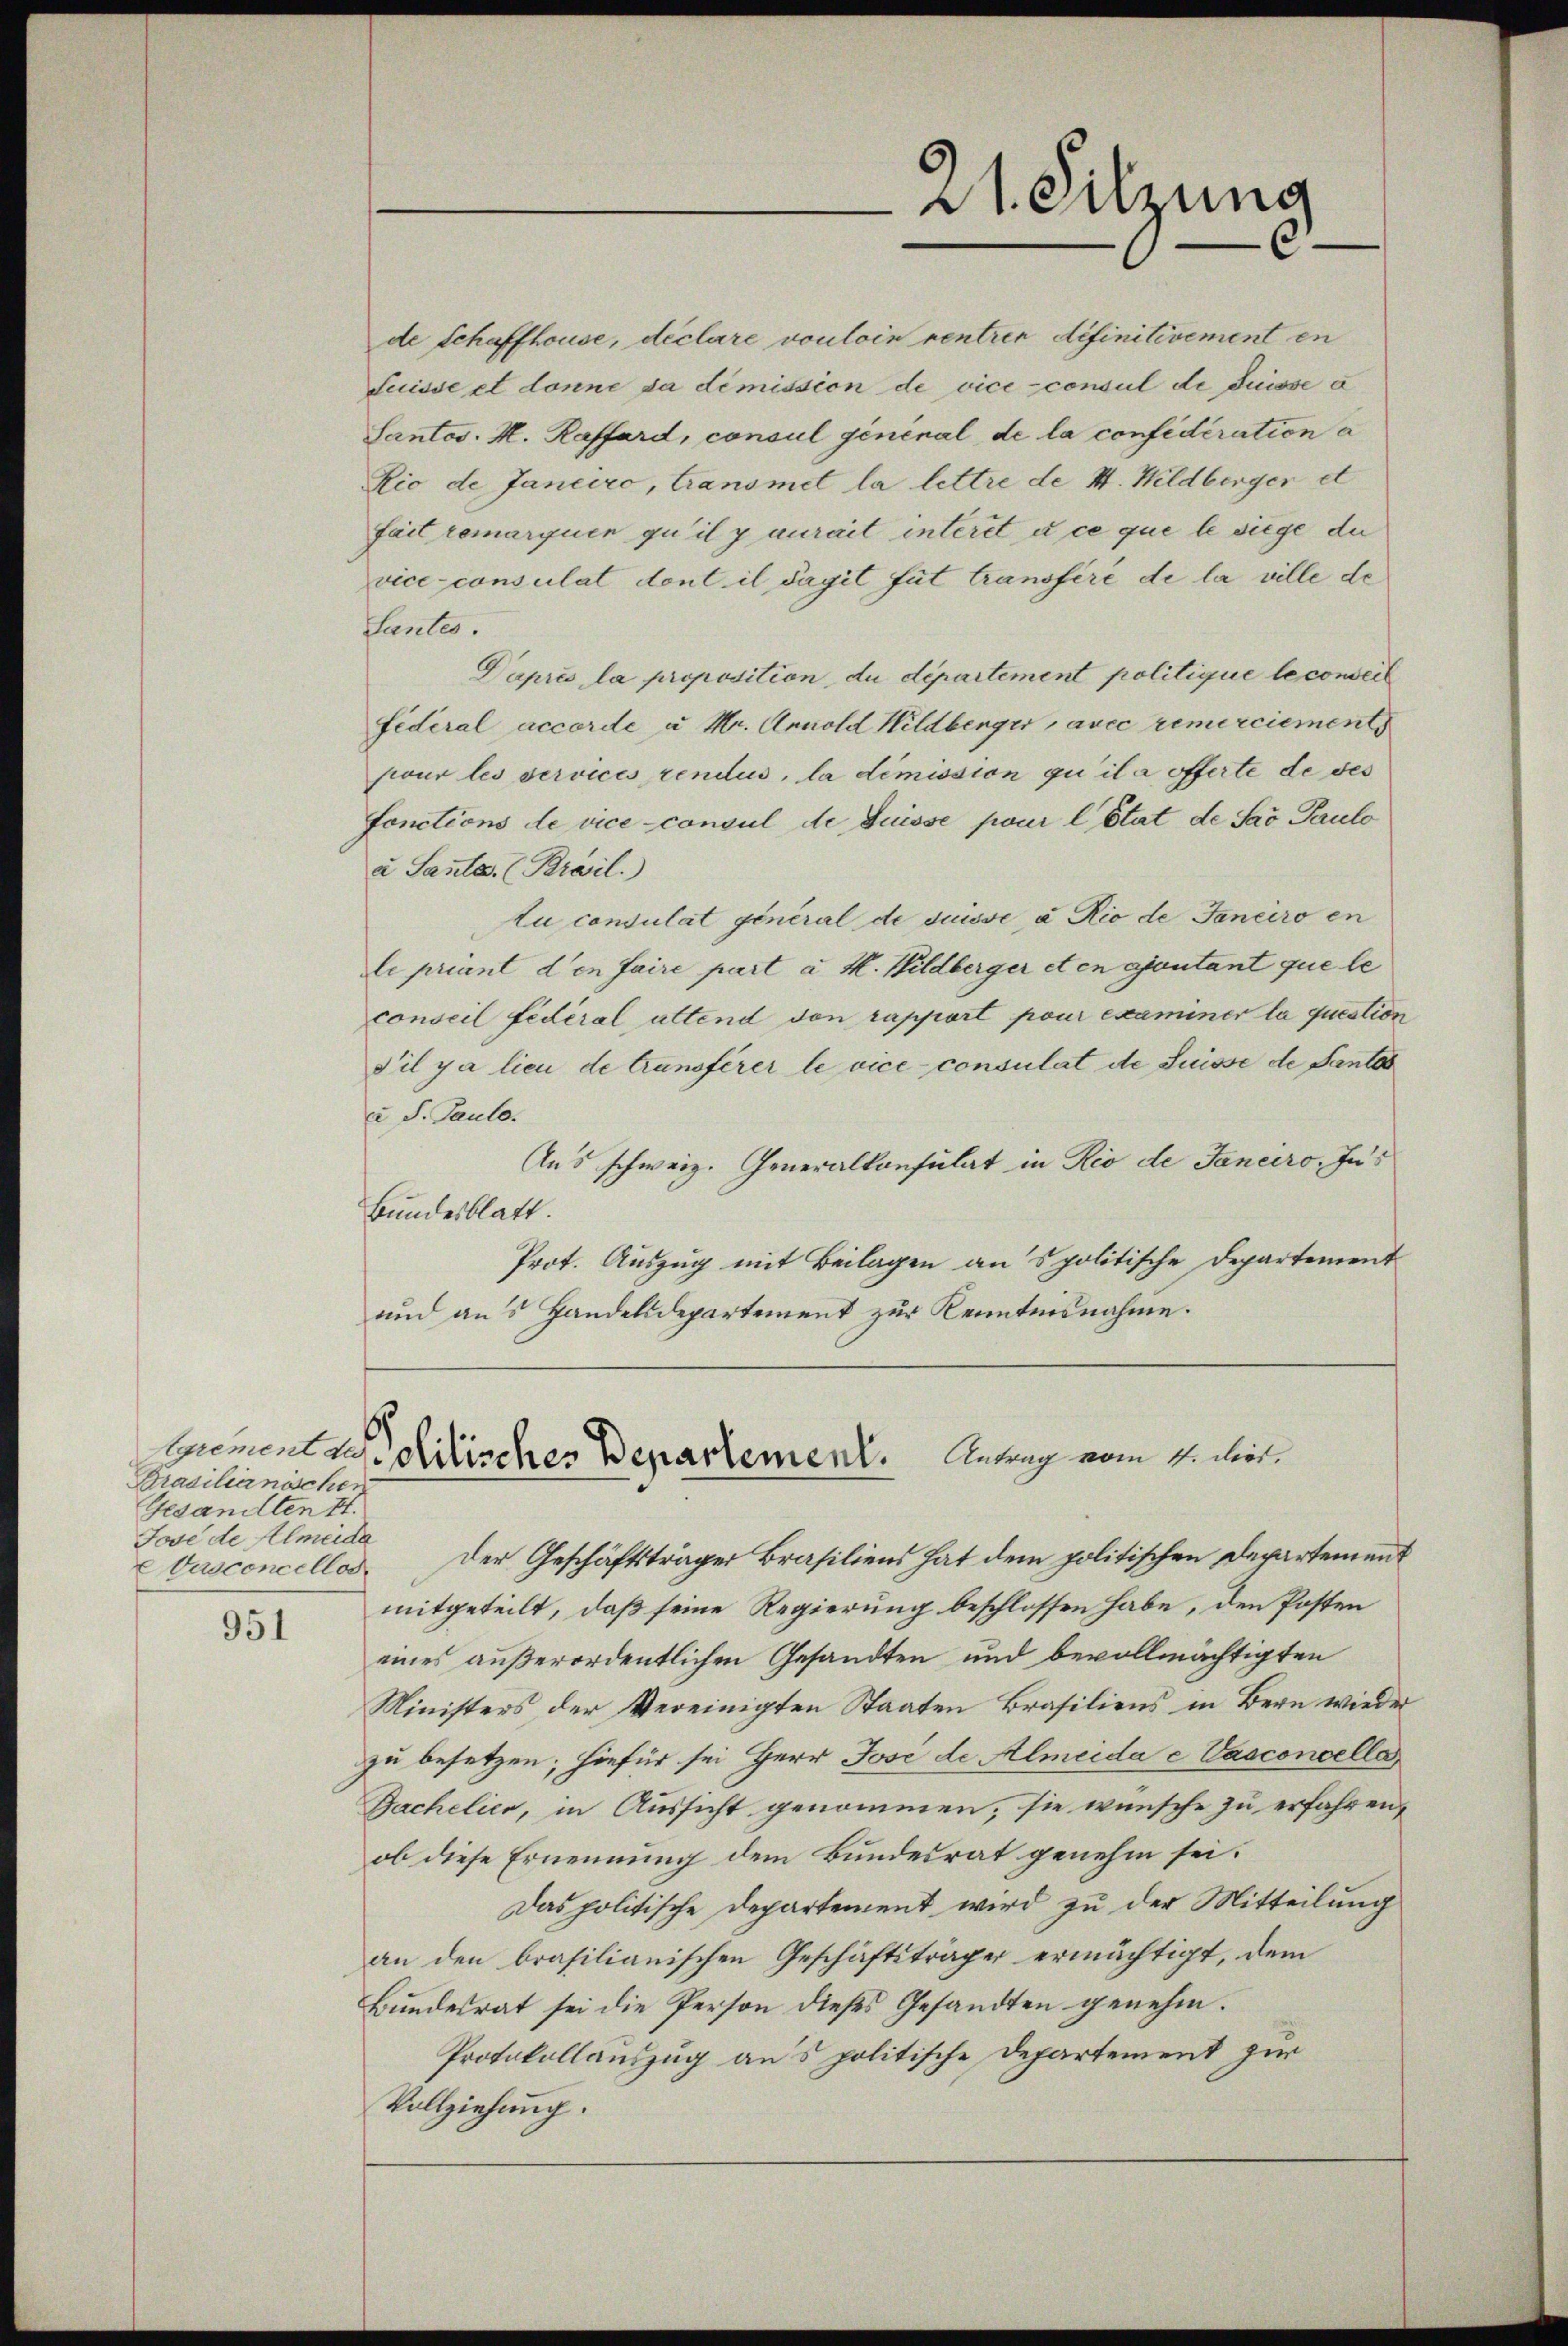
Prasilianischen
Gesandten II.
Jose de Almeide
Vasconcellos.

951

de Schaffhause, declare vouloin rentrer definitivement en
Suisse et donne da dimission de vice-consul di Suisse a
Santos. H. Raffard, consul geninal de la confideration a
Rio de Janeiro, Transmet la lettre de I. Wildberger et
fait remarquen qu’il y aurait interit à ce que le siege du
vice-consulat dont il dagit fut transféré de la ville de
antes.
Daprès la proposition, du département politique le conseit
Federal accorde u Mr. Arnold Hildberger, avec remerciement
siour les services rendus, la dimission quila offerte de des
fonctions de vice consul de Suisse pour l’Etat de Sav Paulo
a Sante. (Brail.)
Au consulat general de suisse à Rio de Janeiro en
le priant den faire part a M. Wildberger etcn ajoutant que le
conseil fédéral altend den rapport pour examiner la question
S’il y a lieu de transférer le vice consulat de Suisse de Pantas
u S. Paulo.
Aus schweiz. Generalkonsulat in Rio de Janeiro, Ju¬
Bundesblatt.
Prot. Auszug mit Beilagen ans politische Departement
und aus Handelsdepartement zur Kenntnisnahme.

Der Geschäftsträger Brasiliens hat dem politischen Departement
mitgeteilt, daß seine Regierung beschlossen habe, den Posten
eines außerordentlichen Gesandten und bevollmächtigten
Ministers der Vereinigten Staaten Brasiliens in Bern wieder
zu besetzen; hiefür sei Herr José de Almeida c Vasconcella
Bachelier, in Aussicht genommen, sie wünsche zu erfahren,
ob diese Ernennung dem Bundesrat genehm sei.
Das politische Departement wird zu der Mitteilung
an den brasilianischen Geschäftsträger ermächtigt, dem
Bundesrat sei die Person dieses Gesandten genehm.
Protokollauszug aus politische Departement zur
Vollziehung.

dt. Sitzung

Gument es solitisches Departement. Antrag vom 4. dies¬